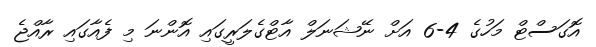
އޮގަސްޓް މަހުގެ 4-6 އަށް ނޭޝަނަލް އާޓްގެލަރީގައި އޮންނަ މި ފެއާގައި ރާއްޖެ